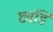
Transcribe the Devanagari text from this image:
छांडि